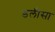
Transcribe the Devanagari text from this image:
डलीसा